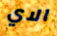
الاي